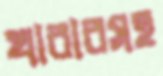
খাবারসহ